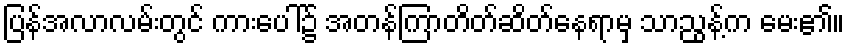
ပြန်အလာလမ်းတွင် ကားပေါ်၌ အတန်ကြာတိတ်ဆိတ်နေရာမှ သာညွန့်က မေး၏။